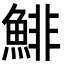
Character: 鯡